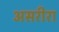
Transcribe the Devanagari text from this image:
असरीरा